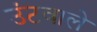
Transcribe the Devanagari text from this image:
उंटवाले